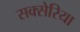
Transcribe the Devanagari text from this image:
सक्सेरिया